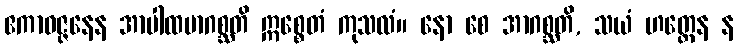
ဧကာဝဇ္ဇနေန အာပါထမာဂစ္ဆတိ ဣစ္စေတံ ကုသလံ။ နော စေ အာဂစ္ဆတိ, သယံ ဟတ္ထေန န